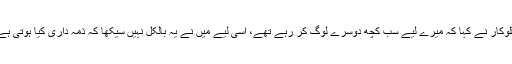
گلوکار نے کہا کہ میرے لیے سب کچھ دوسرے لوگ کر رہے تھے، اسی لیے میں نے یہ بالکل نہیں سیکھا کہ ذمہ داری کیا ہوتی ہے۔